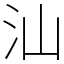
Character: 汕